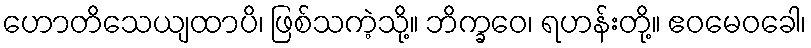
ဟောတိသေယျထာပိ၊ ဖြစ်သကဲ့သို့။ ဘိက္ခဝေ၊ ရဟန်းတို့။ ဧဝမေဝခေါ၊